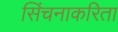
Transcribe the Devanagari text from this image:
सिंचनाकरिता